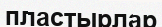
пластырлар